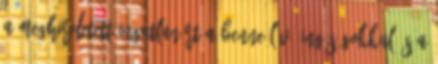
a meghirdetett ingatlanért a benne lévő ingóságokkal és a